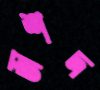
জশদ